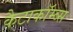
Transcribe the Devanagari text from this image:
कैटाकॉम्ब्स